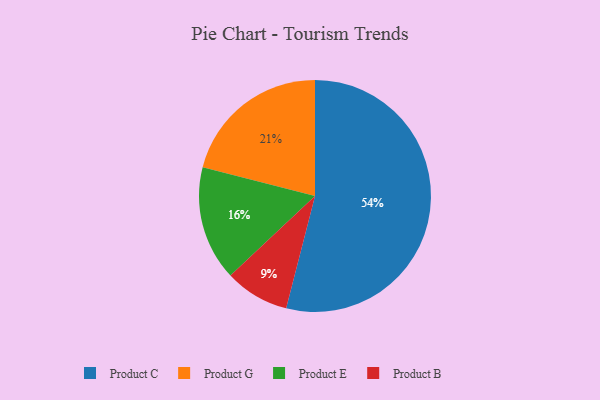
{"axis": {"x": "Category", "y": "Percentage"}, "legend": ["Product B", "Product C", "Product E", "Product G"], "data": [{"x": "Product B", "y": 9, "type": "Product B"}, {"x": "Product G", "y": 21, "type": "Product G"}, {"x": "Product E", "y": 16, "type": "Product E"}, {"x": "Product C", "y": 54, "type": "Product C"}]}